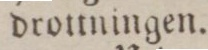
drottningen.